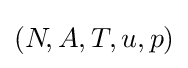
(N\!,A,T,u,p)